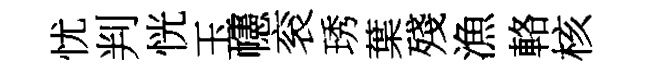
忧判恍玉幰衮琇葉殘漁輅核